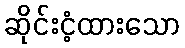
ဆိုင်းငံ့ထားသော